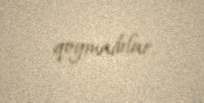
qoymadılar.